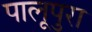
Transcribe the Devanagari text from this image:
पालूपुरा